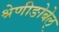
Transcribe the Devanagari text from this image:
श्रेणीङोबेल्